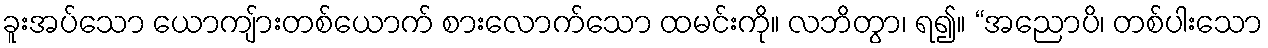
ခူးအပ်သော ယောကျ်ားတစ်ယောက် စားလောက်သော ထမင်းကို။ လဘိတွာ၊ ရ၍။ “အညောပိ၊ တစ်ပါးသော